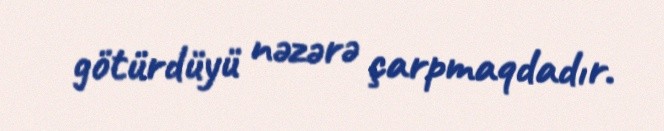
götürdüyü nəzərə çarpmaqdadır.